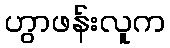
ဟွာဖန်းလူက